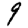
Digit: 9